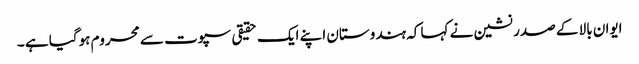
ایوان بالا کے صدر نشین نے کہا کہ ہندوستان اپنے ایک حقیقی سپوت سے محروم ہوگیا ہے ۔